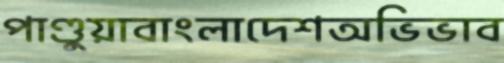
পাণ্ডুয়াবাংলাদেশঅভিভাব